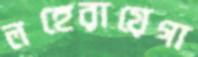
লহেরায়েগা